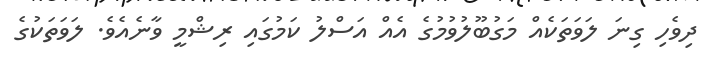
ދިވެހި ގިނަ ލަވަތަކެއް މަގުބޫލުވުމުގެ އެއް އަސްލު ކަމުގައި ރިޝްމީ ވާނެއެވެ. ލަވަތަކުގެ